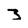
Character: 3